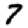
Digit: 7